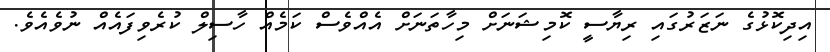
އިދިކޮޅުގެ ނަޒަރުގައި ރިޔާސީ ކޮމިޝަނަށް މިހާތަނަށް އެއްވެސް ކަމެއް ހާސިލް ކުރެވިފައެއް ނުވެއެވެ.